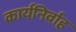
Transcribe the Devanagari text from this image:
कार्यनिर्वाह